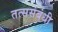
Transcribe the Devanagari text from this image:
तत्ससंबंधी